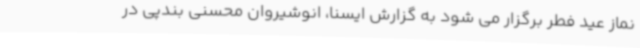
نماز عید فطر برگزار می شود به گزارش ایسنا، انوشیروان محسنی بندپی در